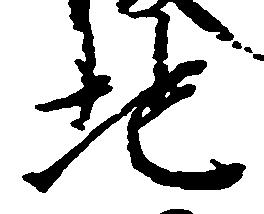
地